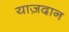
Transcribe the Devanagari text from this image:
याज़दान